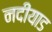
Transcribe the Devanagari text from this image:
नदीयाड